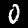
Label: 0